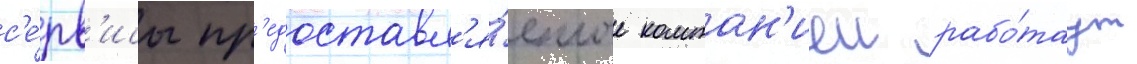
с'е́рв'исы пр'едоставл'я́емые компан'иеи рабо́таут